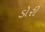
ડોરી